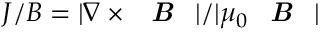
J / B = | \nabla \times \textbf { \emph { B } } | / | \mu _ { 0 } \textbf { \emph { B } } |